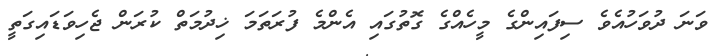
ވަނަ ދުވަހުއެވެ ސިފައިންގެ މީހެއްގެ ގޮތުގައި އެންމެ ފުރަތަމަ ޚިދުމަތް ކުރަން ޖެހިވަޑައިގަތީ